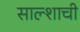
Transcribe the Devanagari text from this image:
साल्शाची